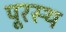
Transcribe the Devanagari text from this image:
पूरस्थ